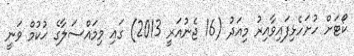
ކޯޓަށް ހުށަހެޅިފައިވާއިރު މިއަދު (16 ޖެނުއަރީ 2013) ގައި މިމައްސަލާގެ ޙުކުމް ވަނީ